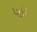
પાઇપ